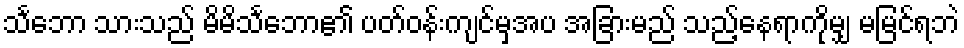
သင်္ဘော သားသည် မိမိသင်္ဘော၏ ပတ်ဝန်းကျင်မှအပ အခြားမည် သည့်နေရာကိုမျှ မမြင်ရဘဲ